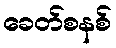
ခေတ်စနစ်